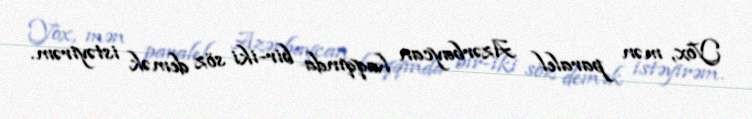
Yox, mən paralel Azərbaycan haqqında bir-iki söz demək istəyirəm.